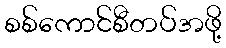
စစ်ကောင်စီတပ်အဖို့